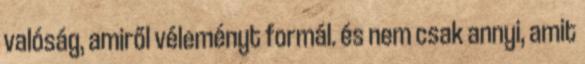
valóság, amiről véleményt formál. és nem csak annyi, amit